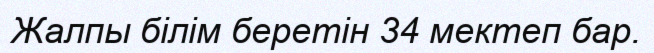
Жалпы білім беретін 34 мектеп бар.